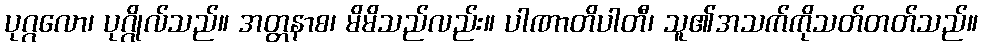
ပုဂ္ဂလော၊ ပုဂ္ဂိုလ်သည်။ အတ္တနာစ၊ မိမိသည်လည်း။ ပါဏာတိပါတီ၊ သူ၏အသက်ကိုသတ်တတ်သည်။